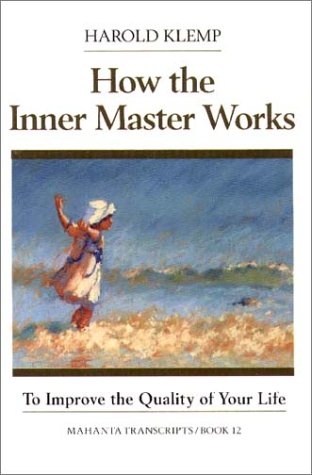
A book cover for How the Inner Master Works (Mahanta Transcripts, Bk 12); Harold Klemp; Religion & Spirituality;